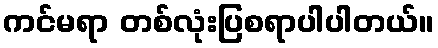
ကင်မရာ တစ်လုံးပြစရာပါပါတယ်။